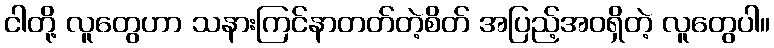
ငါတို့ လူတွေဟာ သနားကြင်နာတတ်တဲ့စိတ် အပြည့်အဝရှိတဲ့ လူတွေပါ။